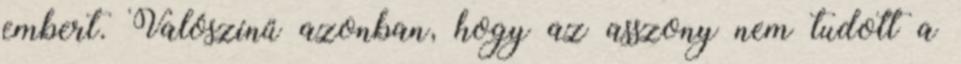
embert. Valószínű azonban, hogy az asszony nem tudott a